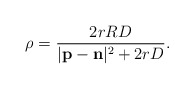
\begin{align*}\rho = \frac{2 r RD}{| \mathbf p - \mathbf n |^2 +2 r D}.\end{align*}